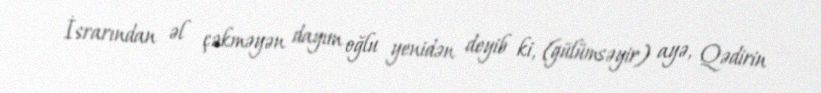
İsrarından əl çəkməyən dayım oğlu yenidən deyib ki, (gülümsəyir) ayə, Qədirin